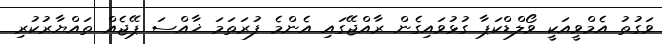
ވަގުތު އެމްވީއަކީ ވޯލްޑްކަޕާ ގުޅުވައިގެން ރާއްޖޭގައި އެންމެ ފުރަތަމަ ޚާއްސަ ޕޭޖެއް ތައްޔާރުކުރި